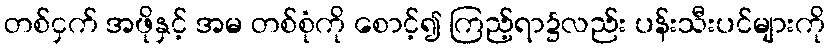
တစ်ငှက် အဖိုနှင့် အမ တစ်စုံကို စောင့်၍ ကြည့်ရာ၌လည်း ပန်းသီးပင်များကို